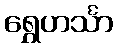
ရွှေဟင်္သာ